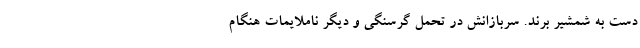
دست به شمشیر برند. سربازانش در تحمل گرسنگی و دیگر ناملایمات هنگام